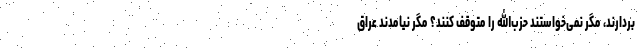
بردارند، مگر نمی‌خواستند حزب‌الله را متوقف کنند؟ مگر نیامدند عراق